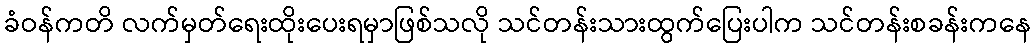
ခံဝန်ကတိ လက်မှတ်ရေးထိုးပေးရမှာဖြစ်သလို သင်တန်းသားထွက်ပြေးပါက သင်တန်းစခန်းကနေ